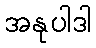
အနုပါဒါ